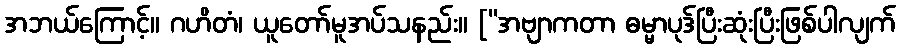
အဘယ်ကြောင့်။ ဂဟိတံ၊ ယူတော်မူအပ်သနည်း။ [“အဗျာကတာ ဓမ္မာပုဒ်ပြီးဆုံးပြီးဖြစ်ပါလျက်